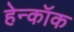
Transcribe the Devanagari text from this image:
हेन्कॉक